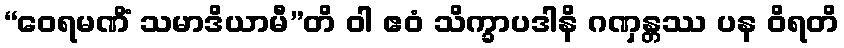
“ဝေရမဏိံ သမာဒိယာမီ”တိ ဝါ ဧဝံ သိက္ခာပဒါနိ ဂဏှန္တဿ ပန ဝိရတိ